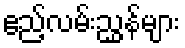
ဧည့်လမ်းညွှန်များ